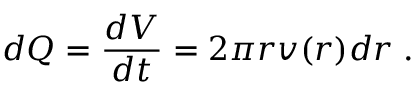
d Q = \frac { d V } { d t } = 2 \pi r v ( r ) d r \; .